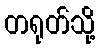
တရုတ်သို့